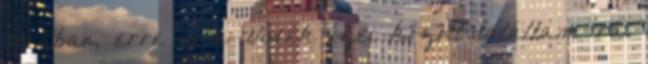
sorában, erre is a Vidék ízei között találtam rá.